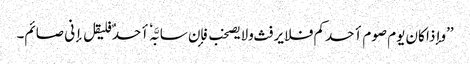
’’وإذا کان یوم صوم أحدکم فلا یرفث ولایصخب فإن سابَّہٗ أحدٌ فلیقل إنی صائم۔